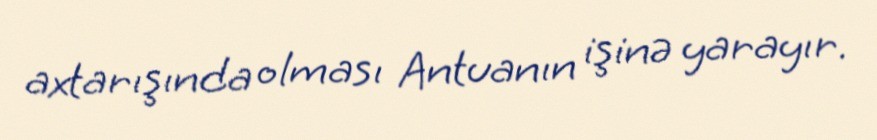
axtarışında olması Antuanın işinə yarayır.